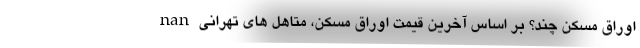
nan اوراق مسکن چند؟ بر اساس آخرین قیمت اوراق مسکن، متاهل های تهرانی